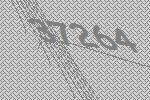
37264